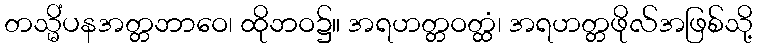
တသ္မိံပနအတ္တဘာဝေ၊ ထိုဘဝ၌။ အရဟတ္တဝတ္ထံ၊ အရဟတ္တဖိုလ်အဖြစ်သို့